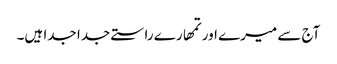
آج سے میرے اور تمھارے راستے جدا جدا ہیں۔